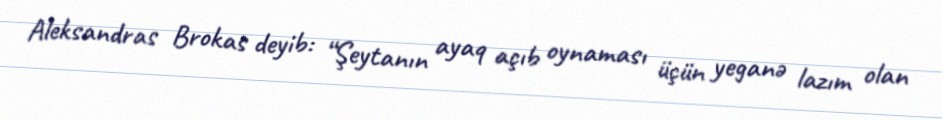
Aleksandras Brokas deyib: “Şeytanın ayaq açıb oynaması üçün yeganə lazım olan